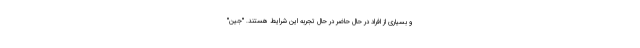
و بسیاری از افراد در حال حاضر در حال تجربه این شرایط هستند. "جین"